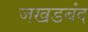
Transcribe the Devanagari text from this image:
जखडबंद